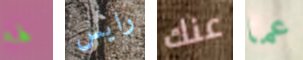
لها رايس عنك عما